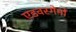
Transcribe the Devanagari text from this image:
एडवरगेमों